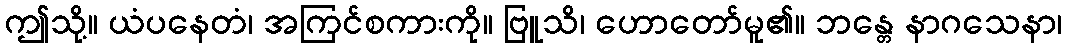
ဤသို့။ ယံပနေတံ၊ အကြင်စကားကို။ ဗြူသိ၊ ဟောတော်မူ၏။ ဘန္တေ နာဂသေနာ၊